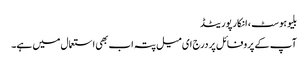
بلیوہوسٹ ، انکارپوریٹڈ
آپ کے پروفائل پر درج ای میل پتہ اب بھی استعمال میں ہے۔